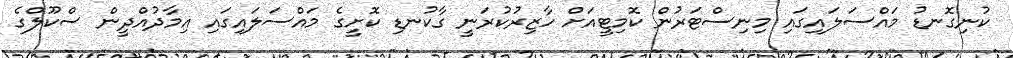
ކުނިގޮނޑު މައްސަލައިގައި މިނިސްޓަރުން ކޮމިޓީއަށް ހާޒިރުކުރަނީ ގާކުނޑި ކޮށީގެ މައްސަލައިގައި އިމާދުއްދީން ސްކޫލްގެ